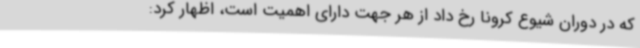
که در دوران شیوع کرونا رخ داد از هر جهت دارای اهمیت است، اظهار کرد: